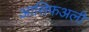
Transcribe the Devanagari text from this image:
आसिफअली